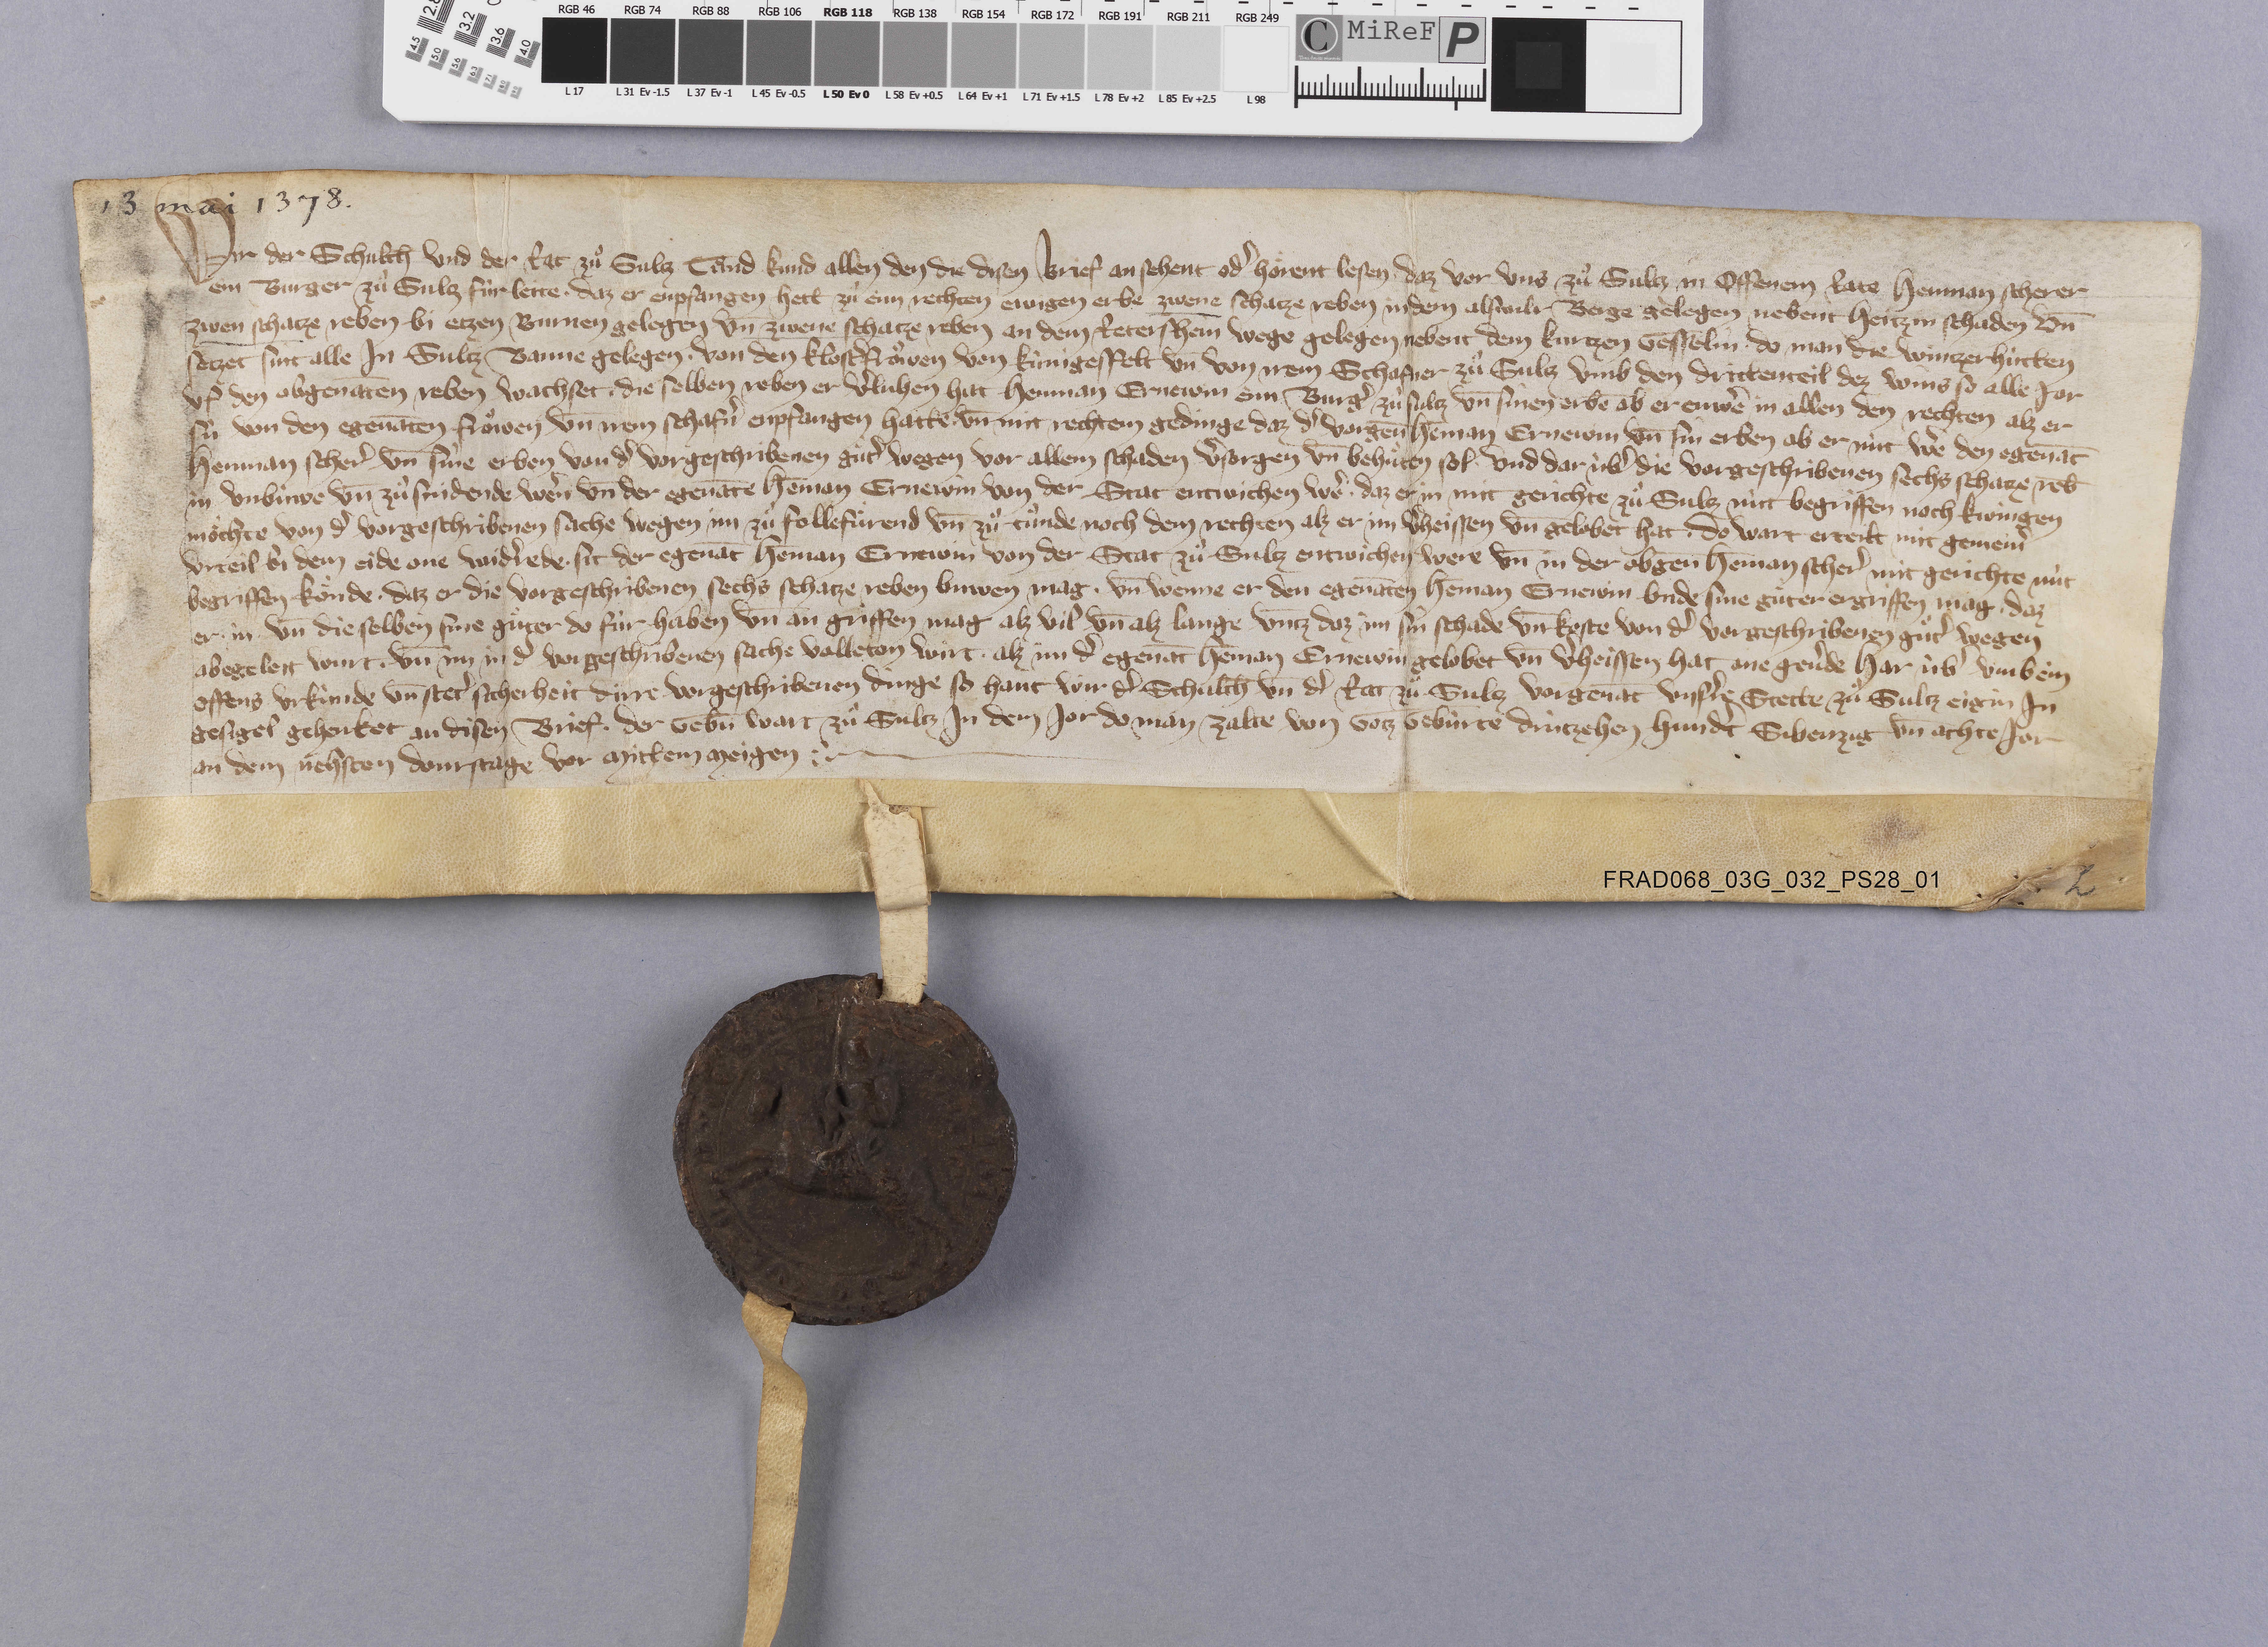
13 mai 1378

Wir der schulth̄ und der rat zuͦ Sultz tuͦnd kund allen den die disen brief ansehent odˀ hoͤrent lesen ✳ daz vor uns zuͦ Sultz in offenem rate Henman Scherer
ein burger zuͦ Sultz fùr leite ✳ daz er enpfangen hett zù eim rechten ewigen erbe zwene schatze reben in dem Alswilr Berge gelegen nebent Heitzin Schaden un̄
zwen schatze reben bi Etzen Burnen gelegen un̄ zwene schatze reben an dem Retershein Wege gelgen nebent dem Kurtzen Gesselin ✳ do man die Wintzerhùtten
setzet sint alle in Sultz banne gelegen ✳ von den klostˀfroͧwen von Kùnigesfelt un̄ von irem schafner zuͦ Sultz umb den drittenteil dez wins so alle jar
uf den obgenāten reben wachset ✳ die selben reben er vˀluhen hat Henman Ernewin ein burgˀ zuͦ Sultz un̄ sinen erbē ob er enweˀ in allen den rechten alz er
sù von den egenāten froͧwen un̄ irem schafnˀ enpfangen hatte ✳ un̄ mit rechtem gedinge daz dˀ vorgen̄ Hēman Ernewin un̄ sin erben ob er nùt weˀ den egenāt
Henman Scherˀ un̄ sine erben von dˀ vorgeschribenen guͦtˀ wegen vor allem schaden vˀsorgen un̄ behuͤten sol ✳ und dar ùbˀ die vorgeschribenen sechs schatze reb̄
in unbùwe un̄ zuͦ fridende weˀn un̄ der egenāte Hēman Ernewin von der stat entwichen weˀ ✳ daz er in mit gerichte zuͦ Sultz nùt begriffen noch twingen
moͤchte von dˀ vorgeschribenen sache wegen im zuͦ follefuͤrend un̄ zuͦ tuͦnde noch dem rechten alz er im vˀheissen un̄ gelobet hat ✳ do wart erteilt mit gemeinˀ
urteil bi dem eide one widˀrede ✳ sit der egenāt Hēman Ernewin von der stat zuͦ Sultz entwichen were un̄ in der obgen̄ Hēman Scherˀ mit gerichte nùt
begriffen koͤnde ✳ daz er die vorgeschribenen sechs schatze reben buwen mag ✳ un̄ wenne er den egenāten Hēman Ernewin unde sine guͤter ergriffen mag ✳ daz
er ✳ in ✳ un̄ die selben sine guͤter do fùr haben un̄ angriffen mag alz vil un̄ alz lange untz daz im sin schade un̄ koste von dˀ vorgeschribenen guͤtˀ wegen
abegeleit wurt ✳ un̄ im in dˀ vorgeschribenen sache volleton wirt ✳ alz im dˀ egenāt Hēman Ernewin gelobet un̄ vˀheissen hat ane gevˀde har ùbˀ umb ein
offens urkùnde un̄ stetˀ sicherheit dirre vorgeschribenen dinge so hant wir dˀ schulth̄ un̄ dˀ rat zuͦ Sultz vorgenāt unsˀre stette zuͦ Sultz eigin in-
gesigel gehenket an disen brief ✳ der gebn̄ wart zuͣ Sultz in dem jor do man zalte von gotz gebùrte drùtzehen hundtˀ sibenzig un̄ achte jor
an dem nehsten donrstage vor mittem meigen. ✳